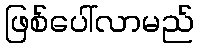
ဖြစ်ပေါ်လာမည်